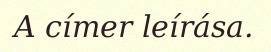
A címer leírása.